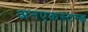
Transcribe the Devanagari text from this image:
अनएकस्टम्ड